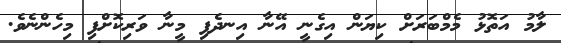
ލާމު އަތޮޅު މެމްބަރަށް ކިޔަން އިގެނީ އޭނާ އިނދެފި މީނާ ވަރިކޮށްފި މިހެންނެވެ.